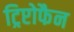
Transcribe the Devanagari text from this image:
ट्रिप्टोफैन